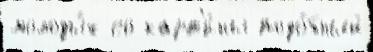
молоды́х со карт'и́ны подо́бный